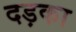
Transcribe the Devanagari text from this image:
दड़का